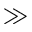
\gg